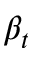
\beta _ { t }